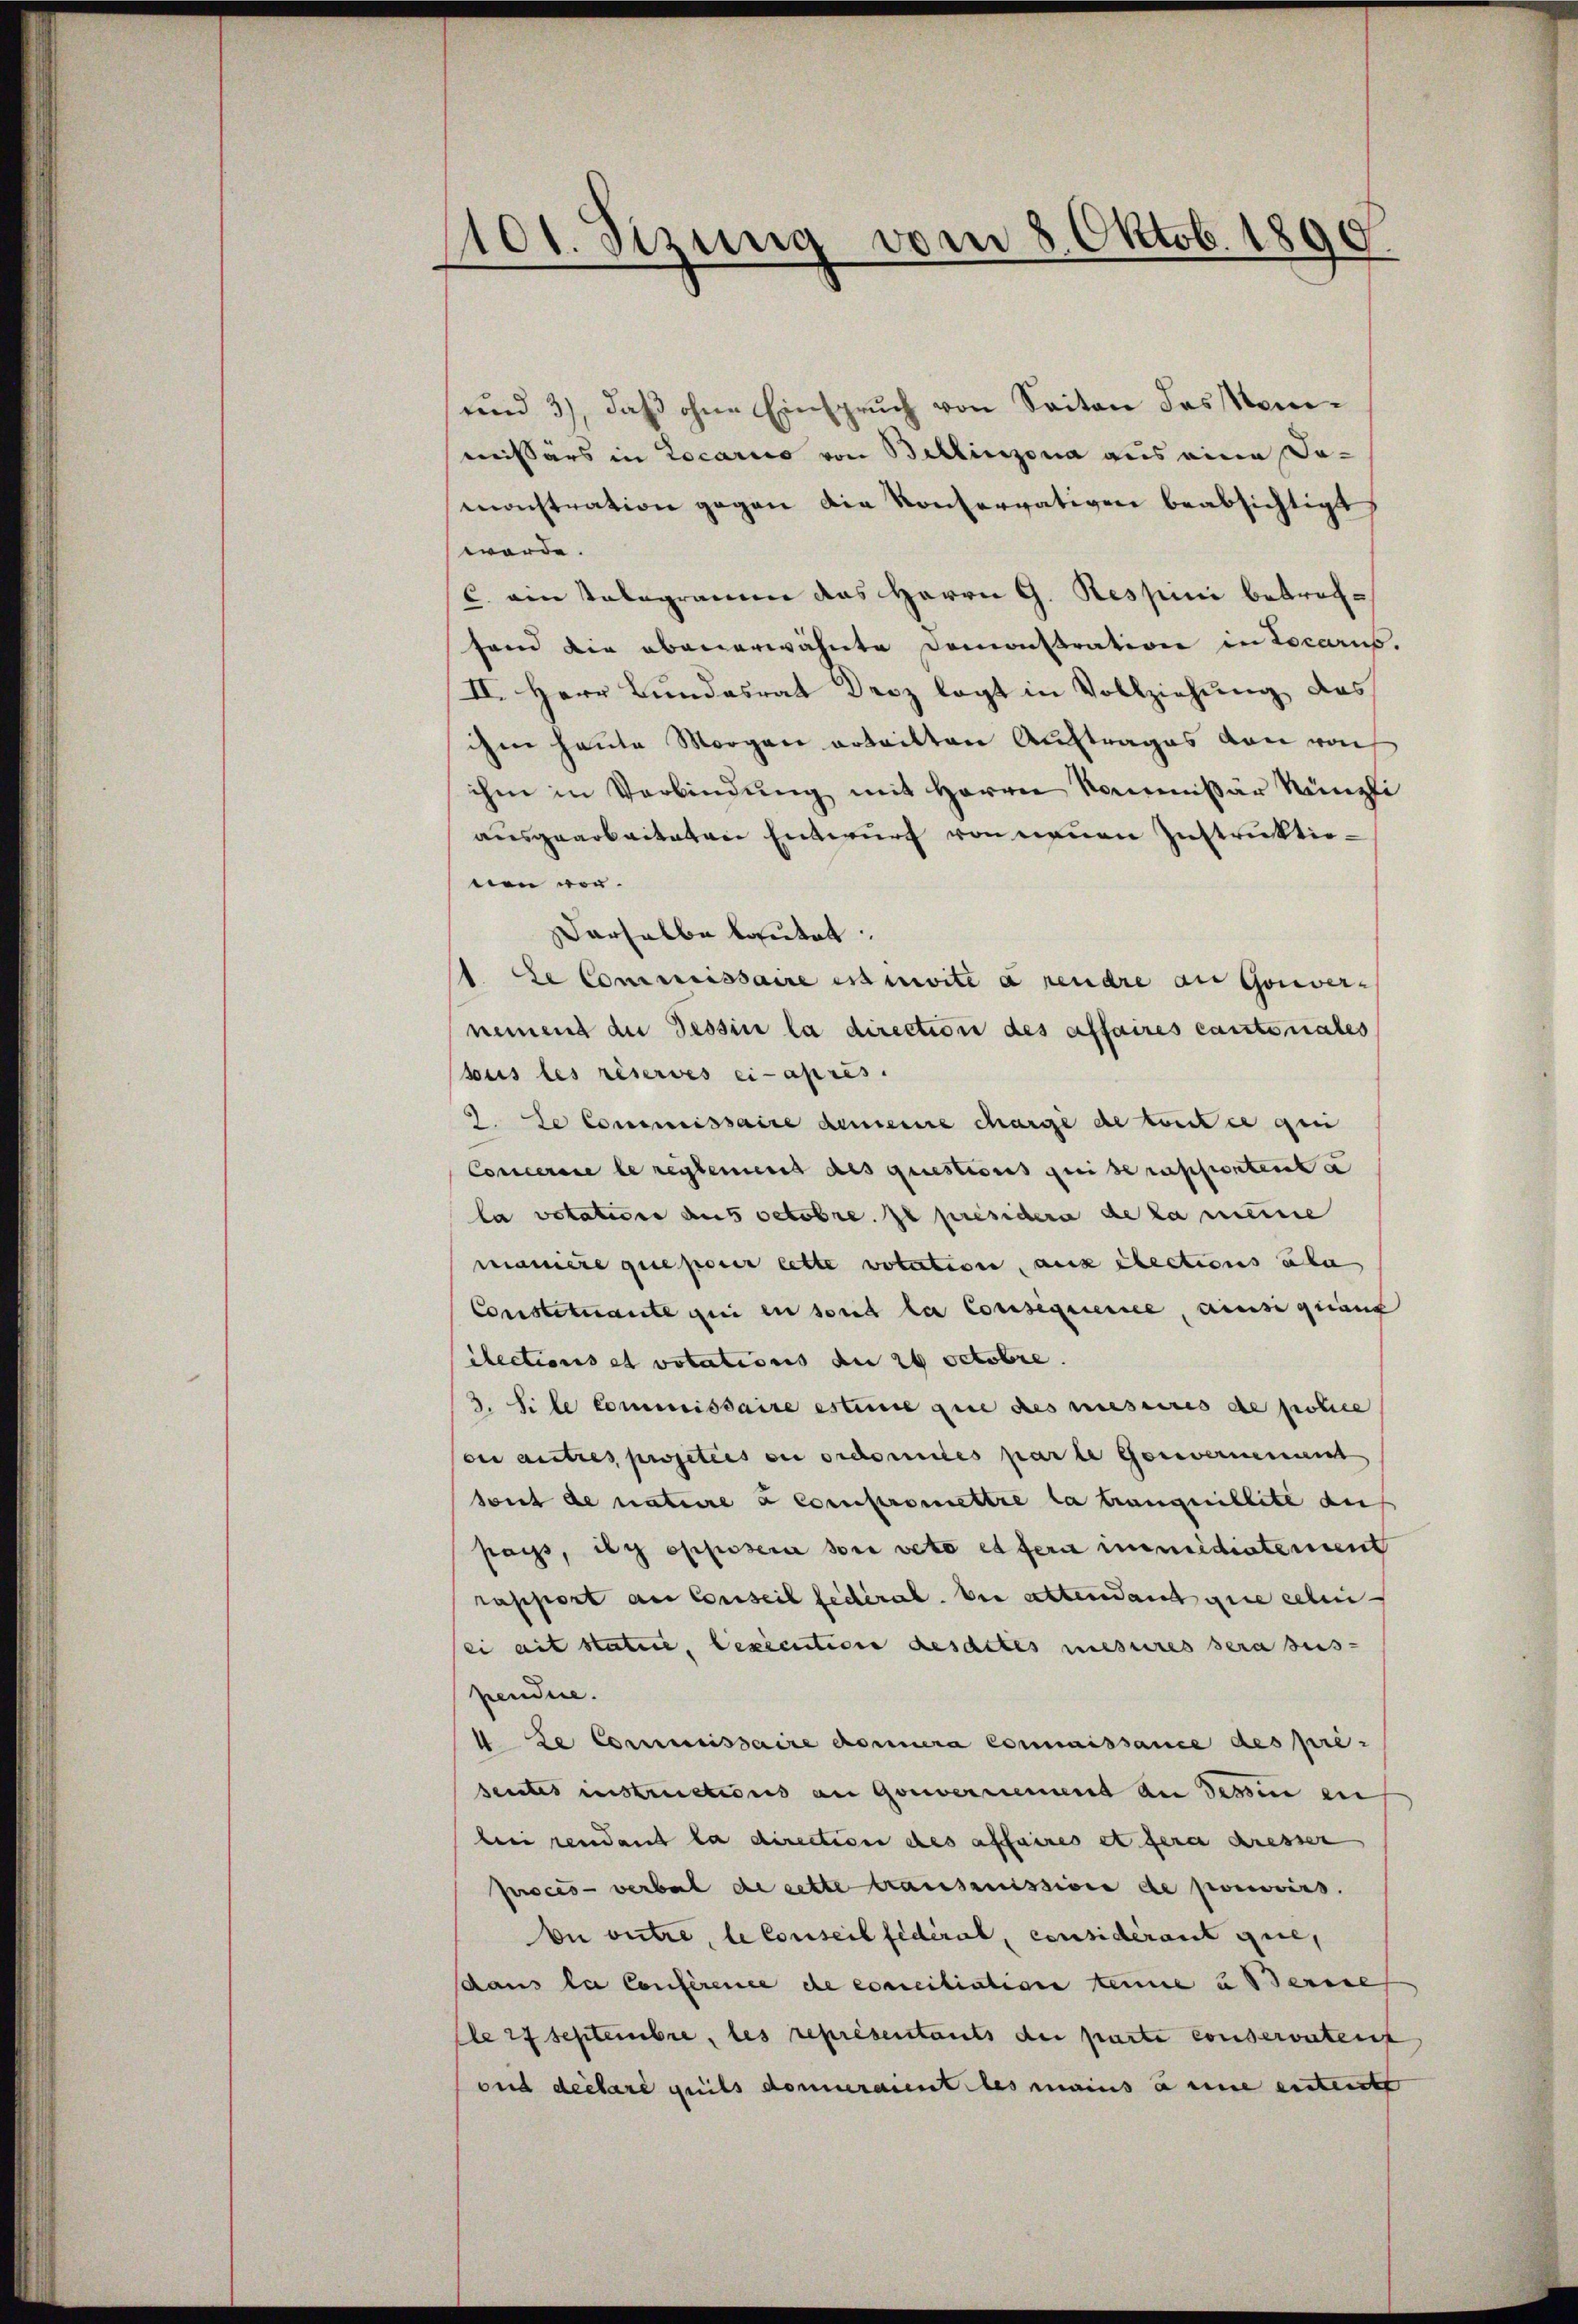
101. Sizung vom 8. Oktob. 1890.

und 3), daß ohne Einspruch von Seiten des Nomimeissärs in Locario von Bellinzona aus eine Da-
monstration gegen die Konservativen beabsichtigt,
werde.
C. ein Velogramen das Herrn G. Respini betreffand die obenerwähnte Demonstration in Loccarus.
II. Herr Bundesrat Droz legt in Vollziehung des
ihm heute Morgen erteilten Auftrages von vo
ihm in Verbindŭng mit Herrn Kommissär Künzli
ausgearbeiteten Entwurf von neuen Instruktionen vor.
derselbe lautet:
1. Le Commissaire ist nivite à rendre an Gouver-
nement die Tessin la direction des affaires cantonales
sous les réservés ci-après.
9. Se Commissaire demeine charge de tout ce gen
Conceraie le reglement des questions qui se rapportent a
la votation aus octobre. Je présidera de la meine
manière que poner lette volution, aux elections über
Constituante qui en sont la Consequensee, ainsi quant
ilections et votations de 26 Octobre.
3. Si le Commissaire estime que des meseeres de police
ou autres projetées ou ordonnés parte Genvernement
sont de nature à compromettre la tranquillite auf
pays, dy opposera sie voto et fern immediatement
rapport au Conseil fédéral. bei altendant que celen
ei ait statie, lexécution desactes mesures sera sus-
pendire.
 ze Commissaire concera Connaissance des pre-
sentes instructions an Gouvernement an dessen en
bei rendant la direction des affaires et fera dresser
Juscés - verbal de cette transmission de pouvoirs.
bi outre, le Conseil fédéral, considérant que,
dans la Conference de conciliation eine und Serie
Ele 27 Septembre, les représentants der parte conservateris
ond declare geils donneraient les mains anne entritt